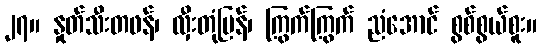
၂၇။ နှုတ်သီးတဖန်၊ လှီးတုံပြန်၊ ကြွက်ကြွက် ညံအောင် စွစ်စွယ်စူး။